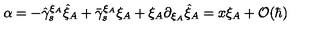
\alpha = - \hat { \gamma } _ { s } ^ { \xi _ { A } } \hat { \xi } _ { A } + \bar { \gamma } _ { s } ^ { \xi _ { A } } \xi _ { A } + \xi _ { A } \partial _ { \xi _ { A } } \hat { \xi } _ { A } = x \xi _ { A } + { \cal O } ( \hbar )